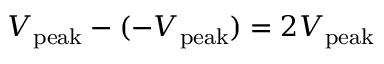
V _ { \mathrm { p e a k } } - ( - V _ { \mathrm { p e a k } } ) = 2 V _ { \mathrm { p e a k } }